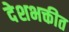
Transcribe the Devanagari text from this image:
देशभक्तीत